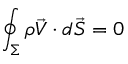
\oint _ { \Sigma } \rho \vec { V } \cdot d \vec { S } = 0